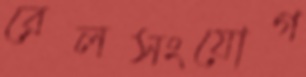
রেলসংযোগ